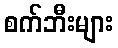
စက်ဘီးများ